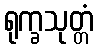
ရုက္ခသုတ္တံ